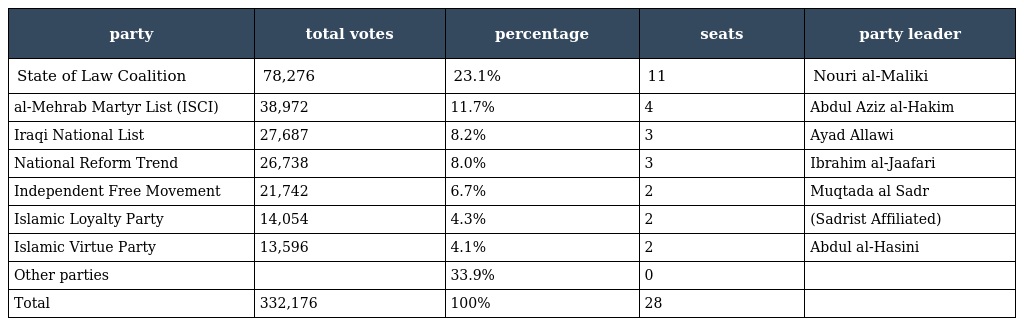
| party | total votes | percentage | seats | party leader |
 | --- | --- | --- | --- | --- |
 | State of Law Coalition | 78,276 | 23.1% | 11 | Nouri al-Maliki |
 | al-Mehrab Martyr List (ISCI) | 38,972 | 11.7% | 4 | Abdul Aziz al-Hakim |
 | Iraqi National List | 27,687 | 8.2% | 3 | Ayad Allawi |
 | National Reform Trend | 26,738 | 8.0% | 3 | Ibrahim al-Jaafari |
 | Independent Free Movement | 21,742 | 6.7% | 2 | Muqtada al Sadr |
 | Islamic Loyalty Party | 14,054 | 4.3% | 2 | (Sadrist Affiliated) |
 | Islamic Virtue Party | 13,596 | 4.1% | 2 | Abdul al-Hasini |
 | Other parties |  | 33.9% | 0 |  |
 | Total | 332,176 | 100% | 28 |  |